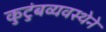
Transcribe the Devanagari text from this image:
कुटुंबव्यवस्थेने